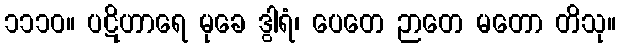
၁၁၁၀။ ပဋိဟာရေ မုခေ ဒွါရံ၊ ပေတေ ဉာတေ မတော တိသု။